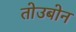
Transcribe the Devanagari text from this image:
तोउबोन